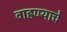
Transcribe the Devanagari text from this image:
वाहण्याचे